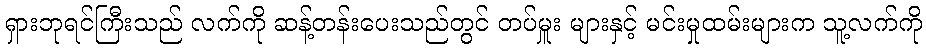
ရှားဘုရင်ကြီးသည် လက်ကို ဆန့်တန်းပေးသည်တွင် တပ်မှူး များနှင့် မင်းမှုထမ်းများက သူ့လက်ကို